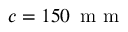
c = 1 5 0 \, \mathrm { ~ m ~ m ~ }